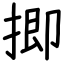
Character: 揤